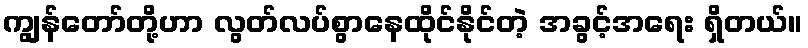
ကျွန်တော်တို့ဟာ လွတ်လပ်စွာနေထိုင်နိုင်တဲ့ အခွင့်အရေး ရှိတယ်။